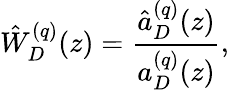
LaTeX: \hat{W}_{D}^{(q)}(z)=\frac{\hat{a}_{D}^{(q)}(z)}{a_{D}^{(q)}(z)},